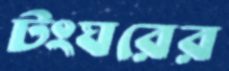
টংঘরের